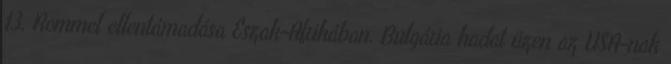
13. Rommel ellentámadása Észak-Afrikában. Bulgária hadat üzen az USA-nak